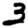
Digit: 3